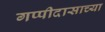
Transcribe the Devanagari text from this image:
गप्पीदासाच्या